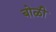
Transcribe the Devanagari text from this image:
बोळी